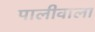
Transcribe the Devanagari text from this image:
पालीवाला